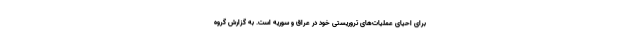
برای احیای عملیات‌های تروریستی خود در عراق و سوریه است. به گزارش گروه